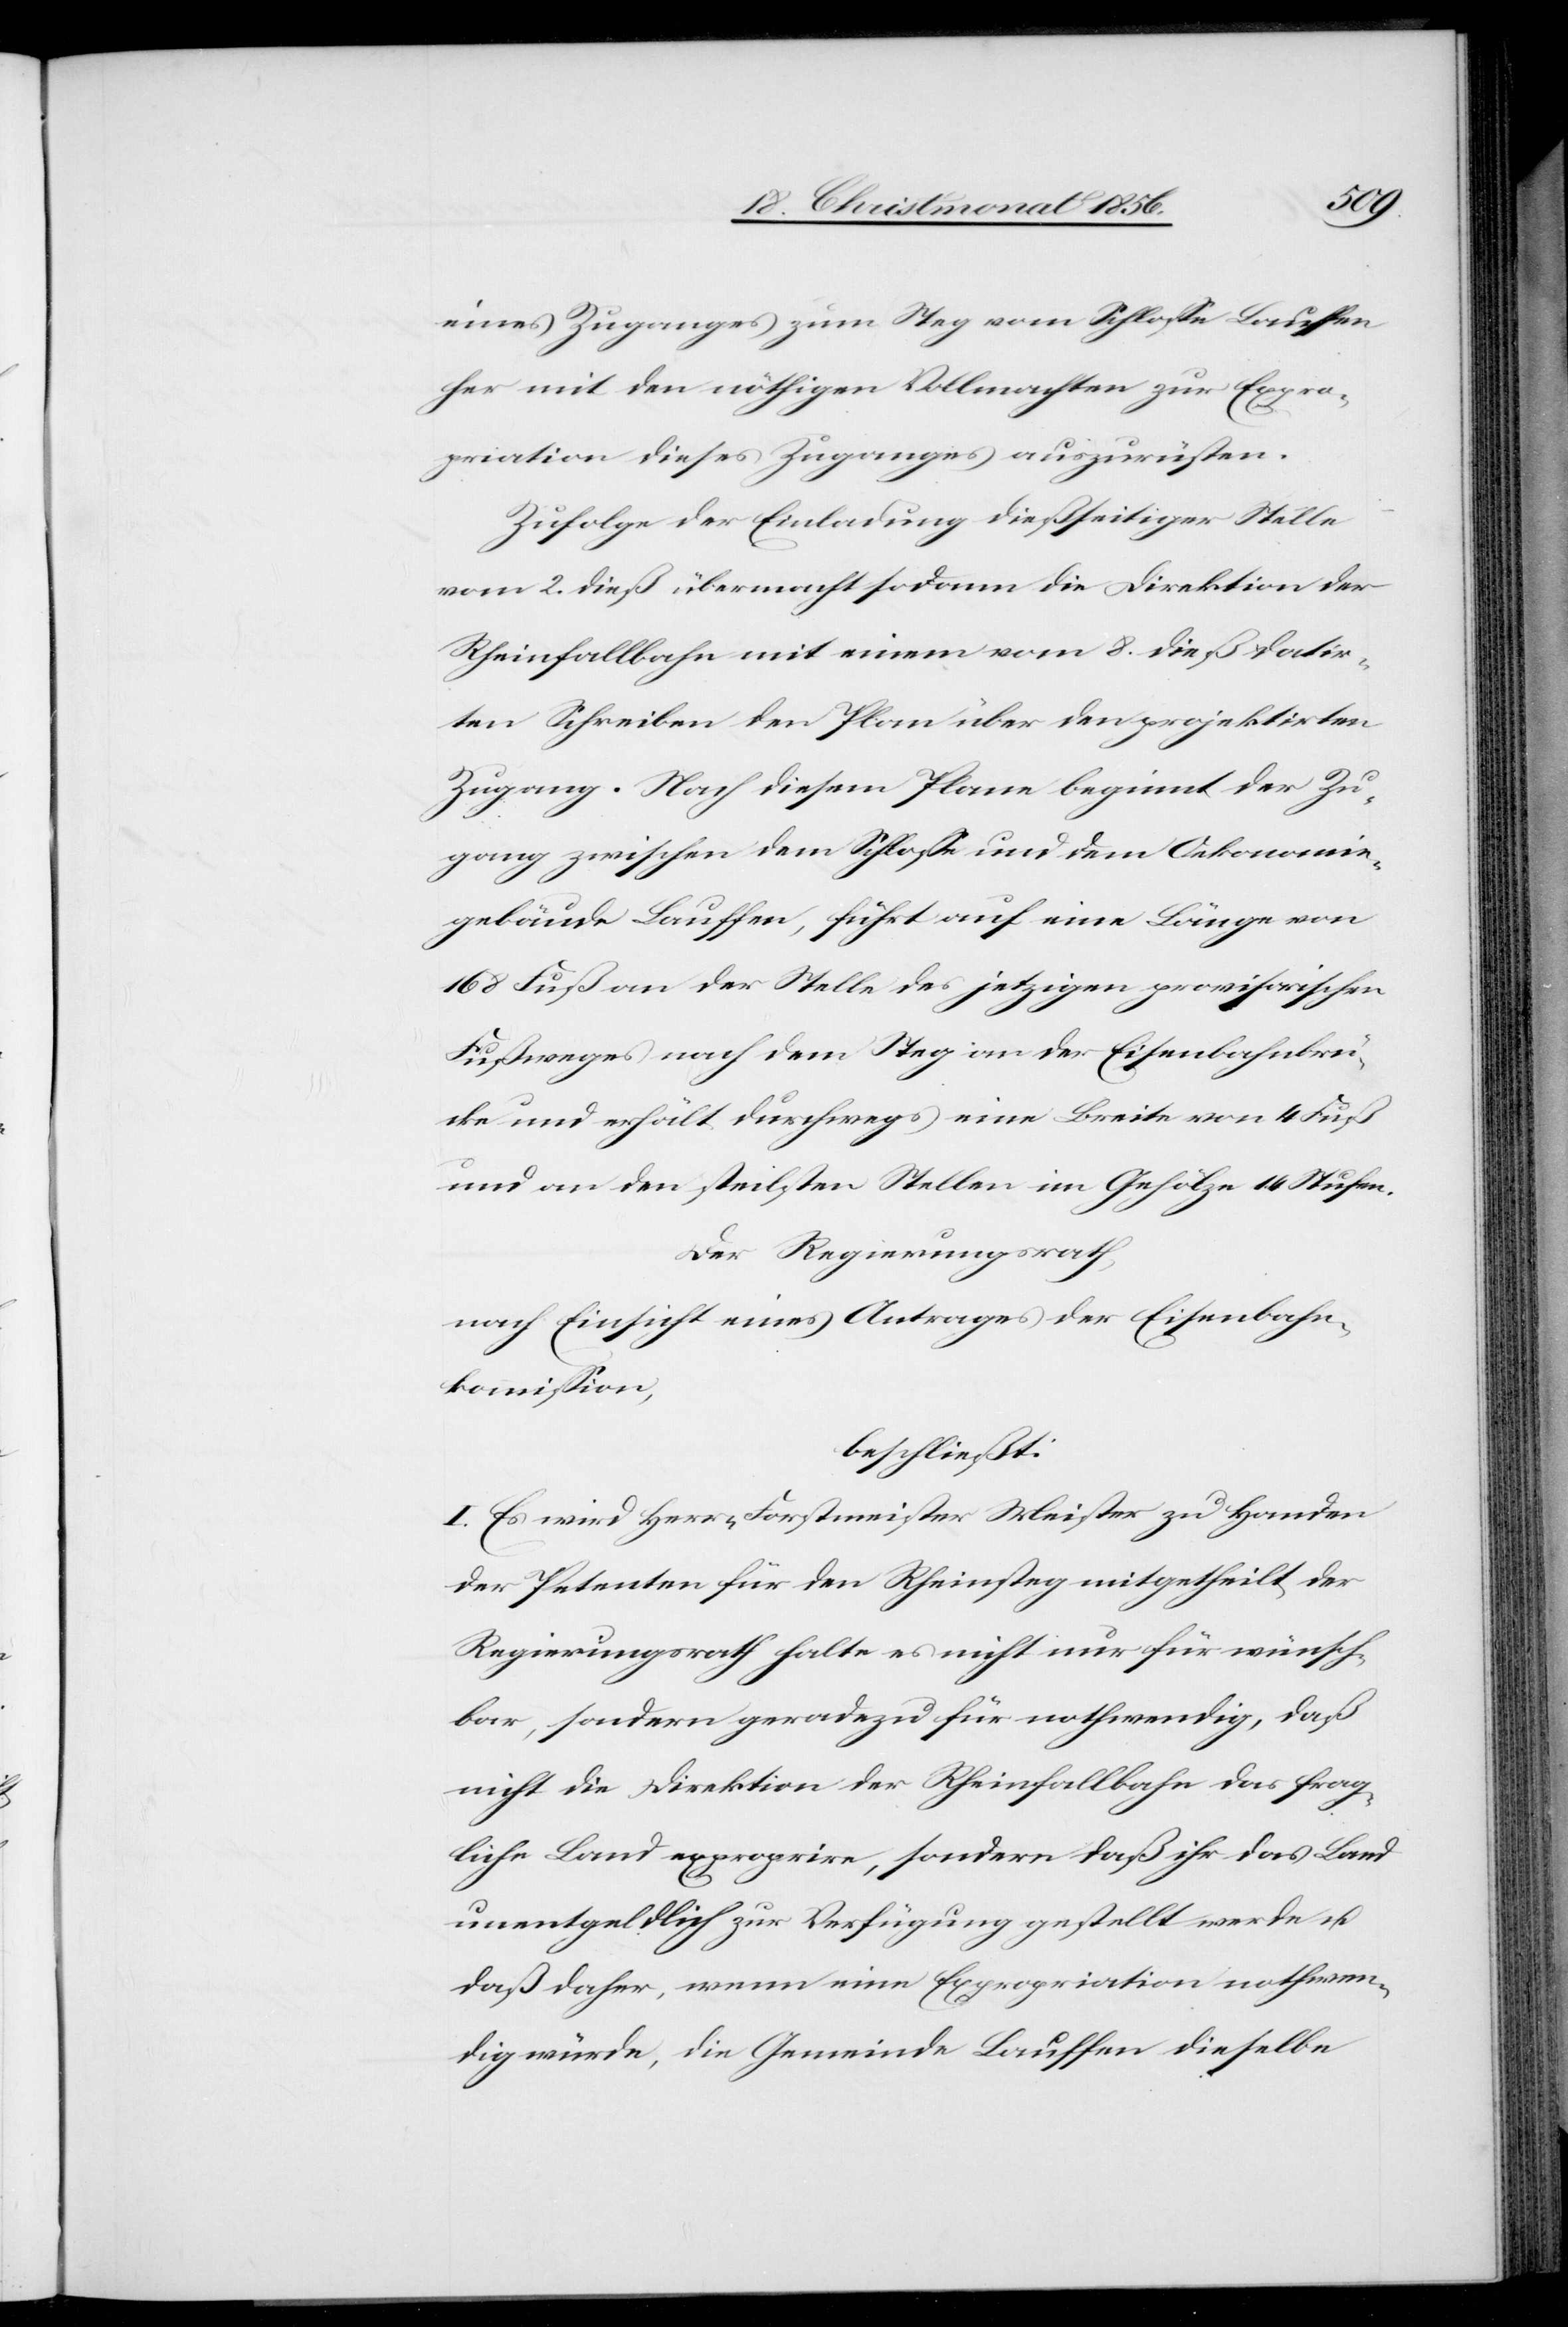
eines Zuganges zum Steg vom Schlosse Lauffen
her mit den nöthigen Vollmachten zur Expro¬
priation dieses Zuganges auszurüsten.
Zufolge der Einladung dießseitiger Stelle
vom 2. dieß übermacht sodann die Direktion der
Rheinfallbahn mit einem vom 8. dieß datir¬
ten Schreiben den Plan über den projektirten
Zugang. Nach diesem Plane beginnt der Zu¬
gang zwischen dem Schlosse und dem Oekonomie¬
gebäude Lauffen, führt auf eine Länge von
168 Fuß an der Stelle des jetzigen provisorischen
Fußweges nach dem Steg an der Eisenbahnbrü¬
cke und erhält durchwegs eine Breite von 4 Fuß
und an den steilsten Stellen im Gehölze 14 Stufen.
Der Regierungsrath,
nach Einsicht eines Antrages der Eisenbahn¬
kommission,
beschließt:
I. Es wird Herrn Forstmeister Meister zu Handen
der Petenten für den Rheinsteg mitgetheilt der
Regierungsrath halte es nicht nur für wünsch¬
bar, sondern geradezu für nothwendig, daß
nicht die Direktion der Rheinfallbahn das frag¬
liche Land exproprire, sondern daß ihr das Land
unentgeldlich zur Verfügung gestellt werde u.
daß daher, wenn eine Expropriation nothwen¬
dig würde, die Gemeinde Lauffen dieselbe